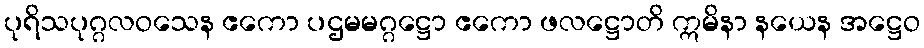
ပုရိသပုဂ္ဂလဝသေန ဧကော ပဌမမဂ္ဂဋ္ဌော ဧကော ဖလဋ္ဌောတိ ဣမိနာ နယေန အဋ္ဌေဝ